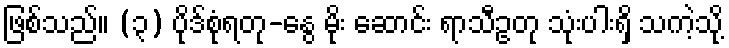
ဖြစ်သည်။ (၃) ပိုဒ်စုံရတု-နွေ မိုး ဆောင်း ရာသီဥတု သုံးပါးရှိ သကဲ့သို့